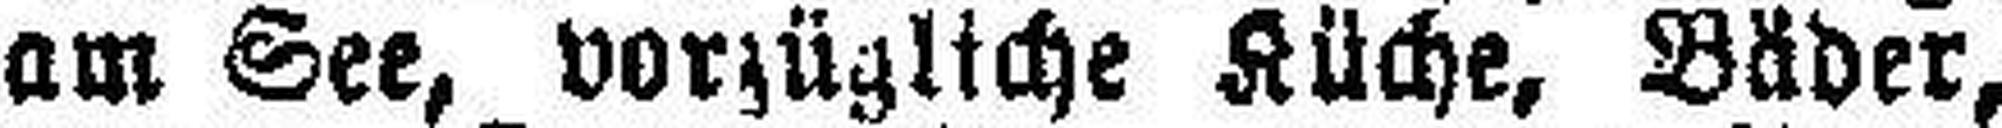
am See, vorzügliche Küche, Bäder,